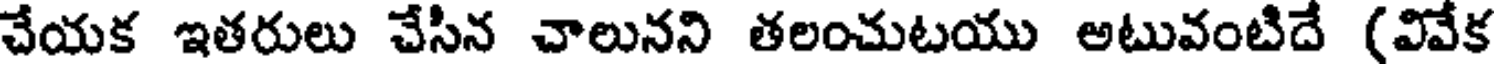
చేయక ఇతరులు చేసిన చాలునని తలంచుటయు అటువంటిదే (వివేక